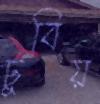
ঢুবিয়